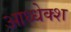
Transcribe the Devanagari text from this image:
आध्धेक्श